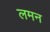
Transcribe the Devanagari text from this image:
लमन